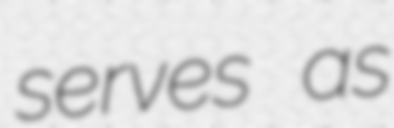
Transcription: serves as